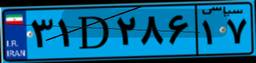
۰۲D۴۷۶۷۲